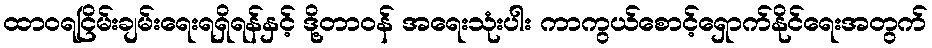
ထာဝရငြိမ်းချမ်းရေးရရှိရန်နှင့် ဒို့တာဝန် အရေးသုံးပါး ကာကွယ်စောင့်ရှောက်နိုင်ရေးအတွက်